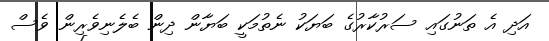
އަދި އެ ތަނުގައި ސަރުކާރުގެ ބަޔަކު ނެތުމަކީ ބަޔާން ދިން ބެލެނިވެރިން ވެސް